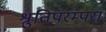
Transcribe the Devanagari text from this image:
श्रुतिपरम्परा